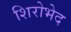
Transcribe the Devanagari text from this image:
शिरोभेद